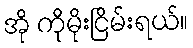
အို ကိုမိုးငြိမ်းရယ်။